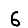
Digit: 6